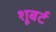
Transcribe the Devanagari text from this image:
शूबर्ट